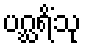
ပဂ္ဃရိံသု